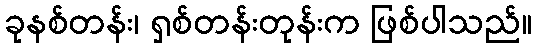
ခုနစ်တန်း၊ ရှစ်တန်းတုန်းက ဖြစ်ပါသည်။